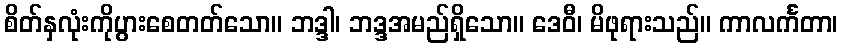
စိတ်နှလုံးကိုပွားစေတတ်သော။ ဘဒ္ဒါ၊ ဘဒ္ဒအမည်ရှိသော။ ဒေဝီ၊ မိဖုရားသည်။ ကာလင်္ကတာ၊